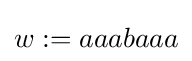
w:=aaabaaa